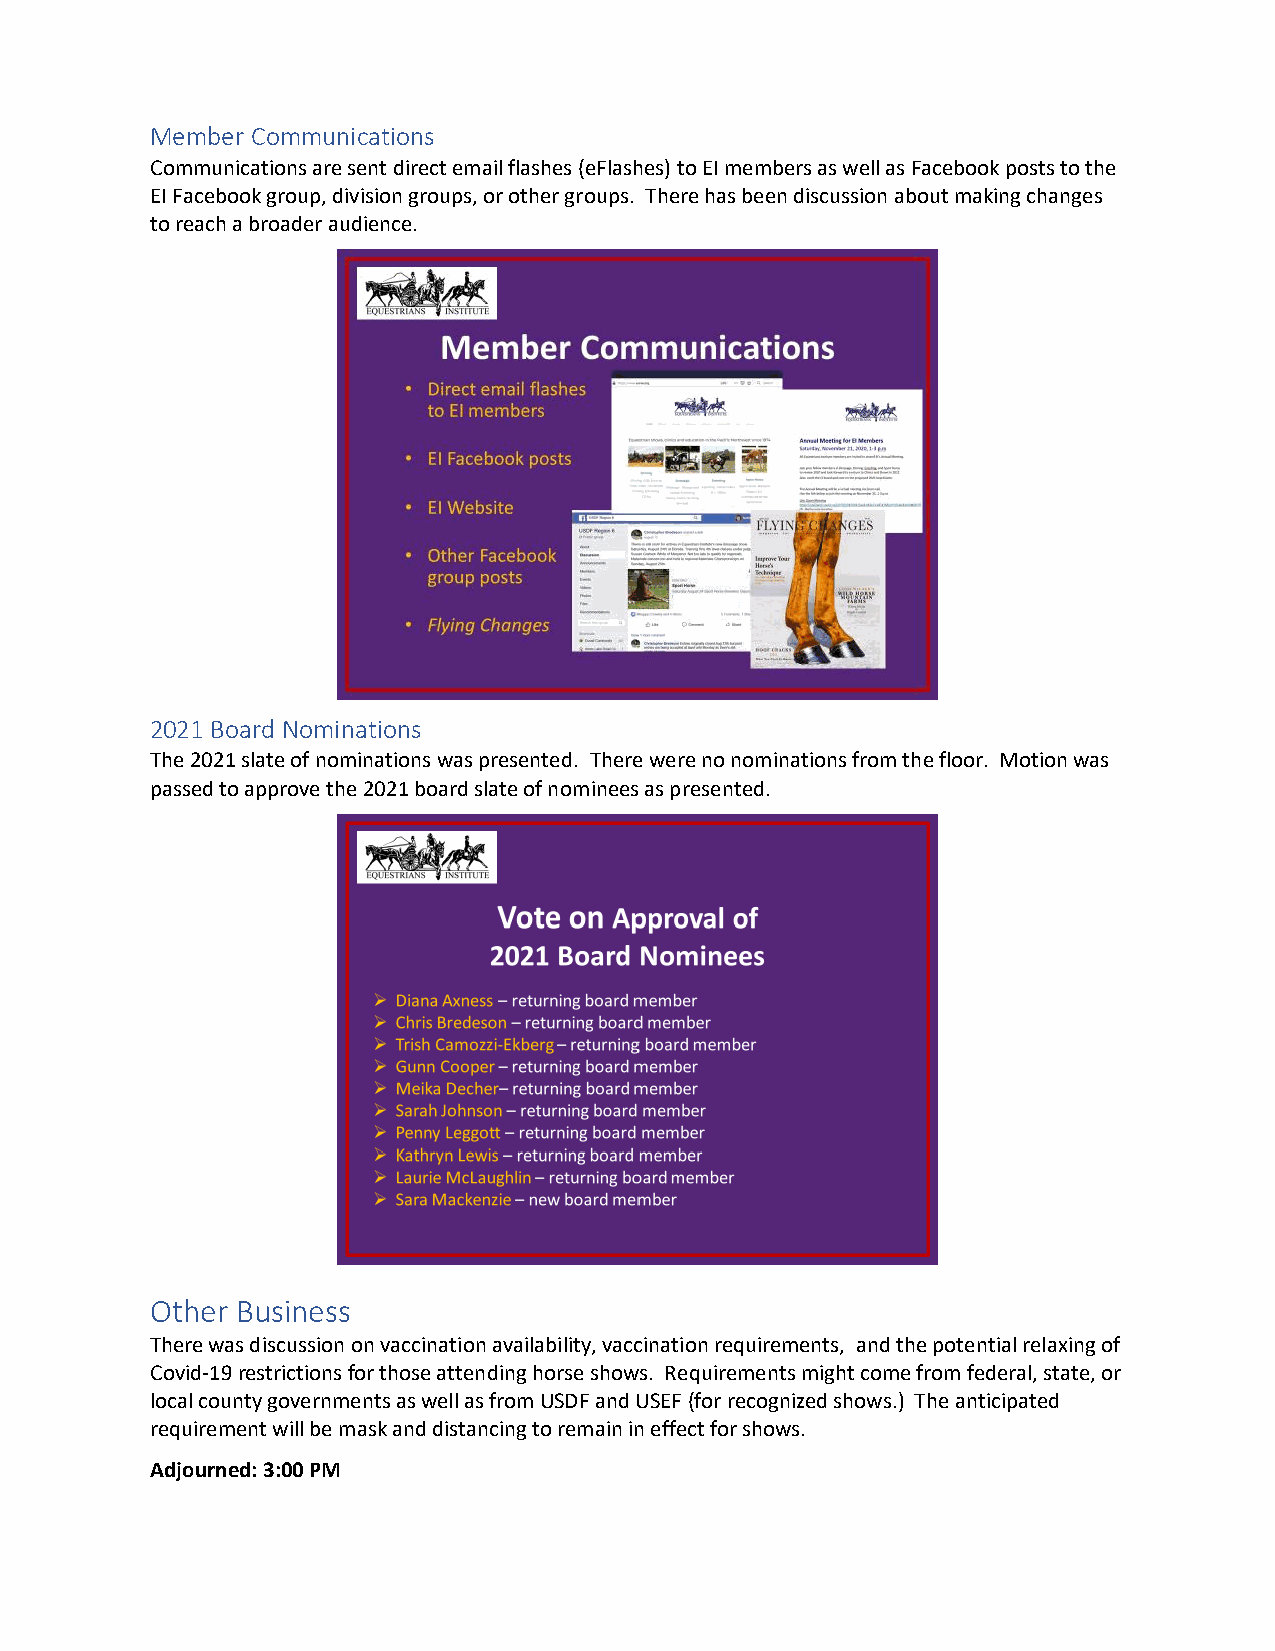
Member Communications
 Communications are sent direct email flashes (eFlashes) to EI members as well as Facebook posts to the
 EI Facebook group, division groups, or other groups. There has been discussion about making changes
 to reach a broader audience.
 2021 Board Nominations
 The 2021 slate of nominations was presented. There were no nominations from the floor. Motion was
 passed to approve the 2021 board slate of nominees as presented.
 Other Business
 There was discussion on vaccination availability, vaccination requirements, and the potential relaxing of
 Covid-19 restrictions for those attending horse shows. Requirements might come from federal, state, or
 local county governments as well as from USDF and USEF (for recognized shows.) The anticipated
 requirement will be mask and distancing to remain in effect for shows.
 Adjourned: 3:00 PM